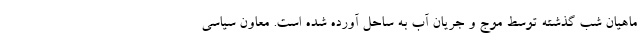
ماهیان شب گذشته توسط موج و جریان آب به ساحل آورده شده است. معاون سیاسی